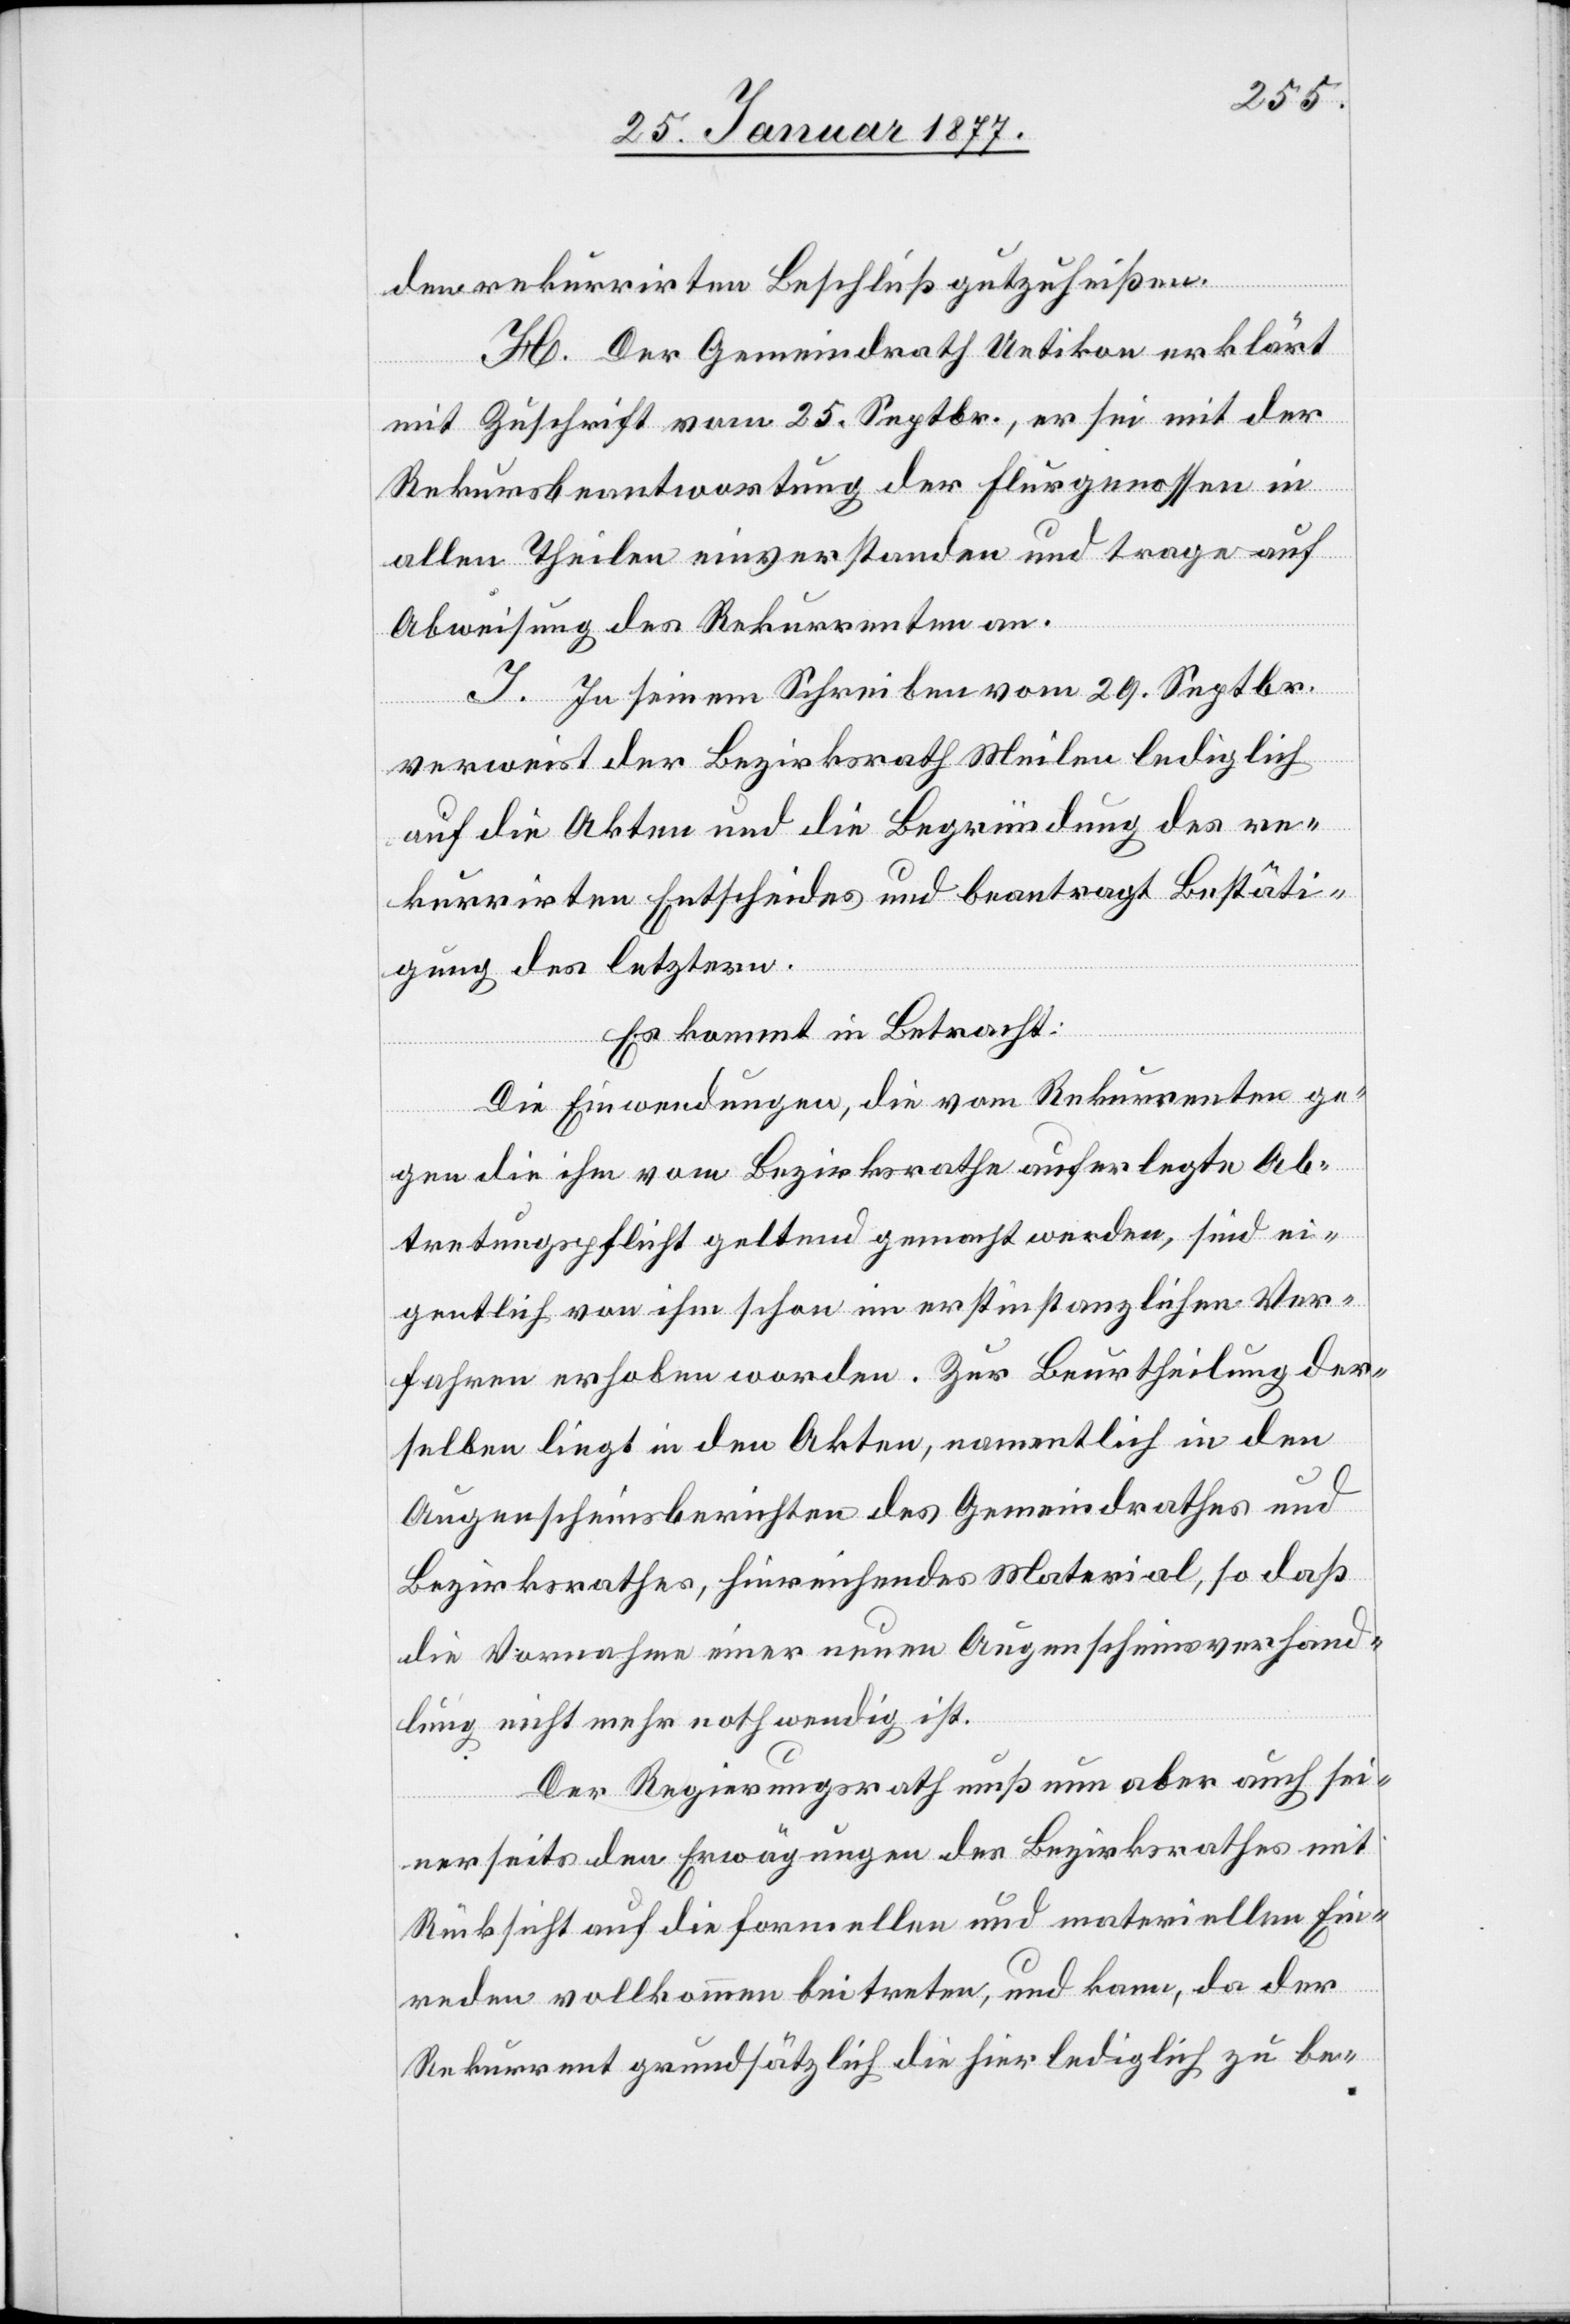
den rekurrirten Beschluß gutzuheißen.
H. In seinem Schreiben vom 29. Septbr.
verweist der Bezirksrath Meilen lediglich
auf die Akten und die Begründung des re¬
kurrirten Entscheides und beantragt Bestäti¬
gung des letztern.
Es kommt in Betracht:
Die Einwendungen, die vom Rekurrenten ge¬
gen die ihm vom Bezirksrathe auferlegte Ab¬
tretungspflicht geltend gemacht werden, sind ei¬
gentlich von ihm schon im erstinstanzlichen Ver¬
fahren erhoben worden. Zur Beurtheilung der¬
selben liegt in den Akten, namentlich in den
Augenscheinsberichten des Gemeindrathes und
Bezirksrathes, hinreichendes Material, so daß
die Vornahme einer neuen Augenscheinsverhand¬
lung nicht mehr nothwendig ist.
Der Regierungsrath muß nun aber auch sei¬
nerseits den Erwägungen des Bezirksrathes mit
Rücksicht auf die formellen und materiellen Ein¬
reden vollkommen beitreten, und kann, da der
Rekurrent grundsätzlich die hier lediglich zu be-